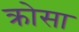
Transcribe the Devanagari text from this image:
क्रोसा